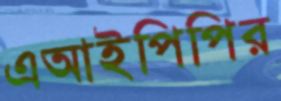
এআইপিপির